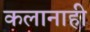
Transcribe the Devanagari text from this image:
कलानाही